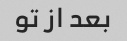
بعد از تو